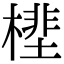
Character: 㯇